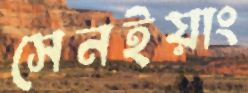
সেনইয়াং